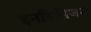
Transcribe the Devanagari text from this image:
इनडिसिजन